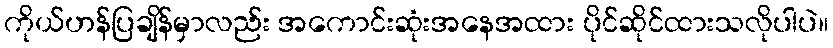
ကိုယ်ဟန်ပြချိန်မှာလည်း အကောင်းဆုံးအနေအထား ပိုင်ဆိုင်ထားသလိုပါပဲ။